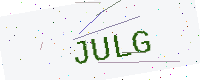
Text: JULG